画像に写った文字を読んでください
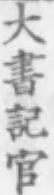
「大書記官」と書いてあります